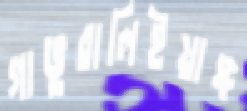
গাভুরালিইয়াঙ্গ